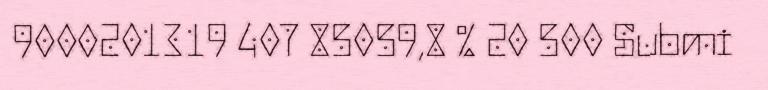
9000201319 407 85059,8 % 20 500 Submi